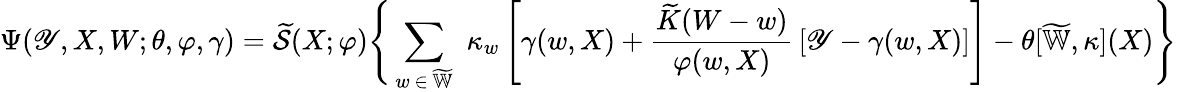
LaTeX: \Psi(\mathscr{Y},X,W;\theta,\varphi,\gamma)=\widetilde{{\mathcal{{S}}}}(X;\varphi)\Bigg\{ \sum_{w\, \in\, \widetilde{{\mathbb{{W}}}}}\, \, \kappa_{w}\, \Bigg[\gamma(w,X)+\frac{{\widetilde{{K}}(W-w)}}{{\varphi(w,X)}}\, [\mathscr{Y}-\gamma(w,X)]\Bigg]-\theta[\widetilde{{\mathbb{{W}}}},\kappa](X)\Bigg\}